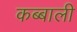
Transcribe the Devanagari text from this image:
कब्बाली